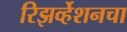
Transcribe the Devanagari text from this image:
रिझर्व्हेशनचा